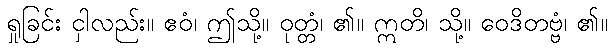
ရှုခြင်း ငှါလည်း။ ဧဝံ၊ ဤသို့။ ဝုတ္တံ၊ ၏။ ဣတိ၊ သို့။ ဝေဒိတဗ္ဗံ၊ ၏။